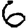
Digit: 6